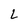
Character: L